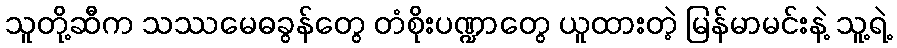
သူတို့ဆီက သဿမေဓခွန်တွေ တံစိုးပဏ္ဍာတွေ ယူထားတဲ့ မြန်မာမင်းနဲ့ သူ့ရဲ့